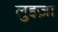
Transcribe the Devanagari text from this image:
लुइज़ा